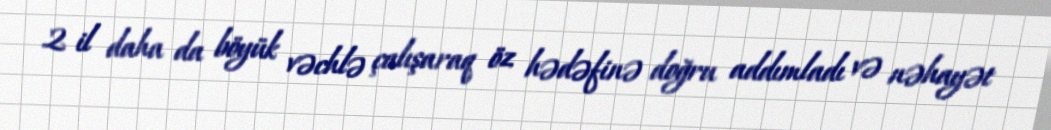
2 il daha da böyük vəchlə çalışaraq öz hədəfinə doğru addımladı və nəhayət